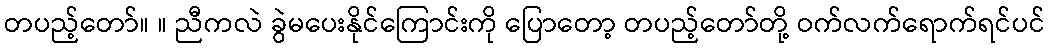
တပည့်တော်။ ။ ညီကလဲ ခွဲမပေးနိုင်ကြောင်းကို ပြောတော့ တပည့်တော်တို့ ဝက်လက်ရောက်ရင်ပင်